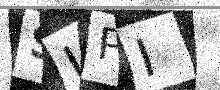
Text: SUPI